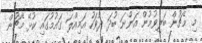
މި މެޗުން ބަލިވުމުން އަންނަ ބުދަ ދުވަހު އަމިއްލަ ގައުމުގައި ކުޅޭ މެޗުން